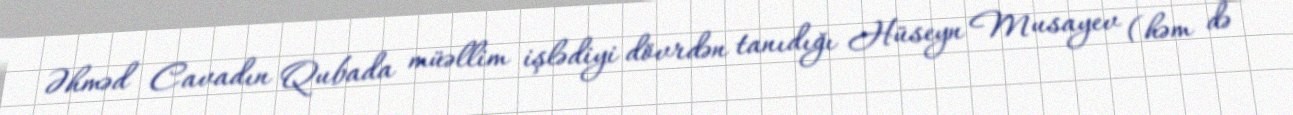
Əhməd Cavadın Qubada müəllim işlədiyi dövrdən tanıdığı Hüseyn Musayev (həm də